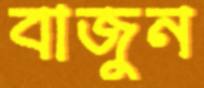
বাজুন